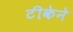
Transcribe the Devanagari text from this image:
टीकेने